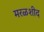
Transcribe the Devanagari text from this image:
मरळशीद